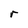
Character: r